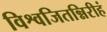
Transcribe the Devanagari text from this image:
विश्वजितन्निरीहं